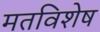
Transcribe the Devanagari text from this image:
मतविशेष